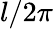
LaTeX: l/2\pi